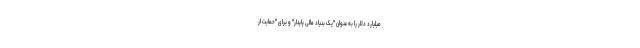
میلیارد دلار را به عنوان "یک بنیاد مالی پایدار" و برای "حمایت از